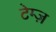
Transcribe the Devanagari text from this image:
टेम्ज़